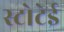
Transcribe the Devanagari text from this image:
स्टोटेई